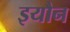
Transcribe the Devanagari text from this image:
इयौन